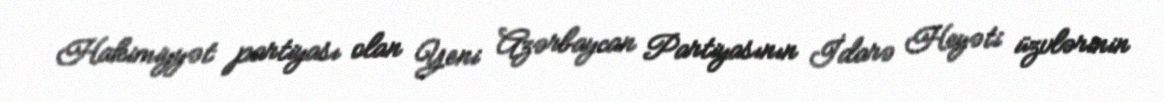
Hakimiyyət partiyası olan Yeni Azərbaycan Partiyasının İdarə Heyəti üzvlərinin